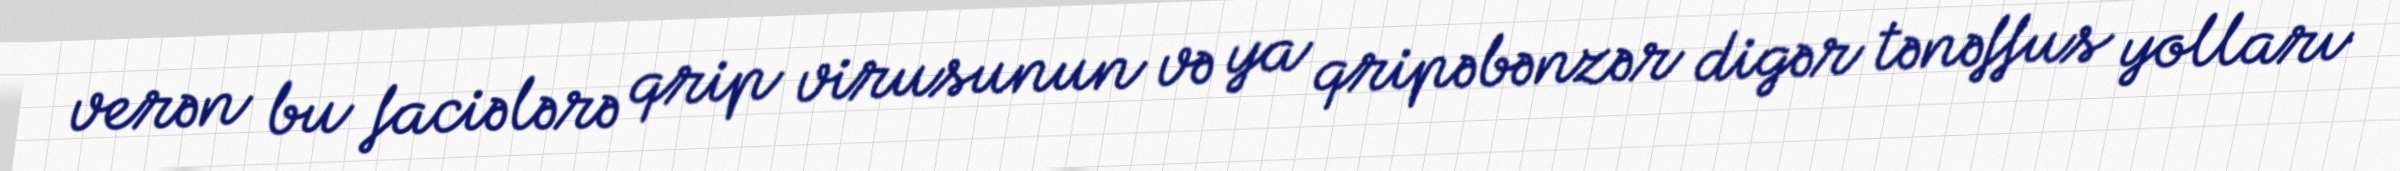
verən bu faciələrə qrip virusunun və ya qripəbənzər digər tənəffus yolları